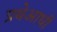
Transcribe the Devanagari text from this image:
प्रथेआधी